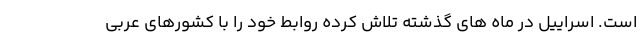
است. اسراییل در ماه های گذشته تلاش کرده روابط خود را با کشورهای عربی